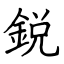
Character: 鋭